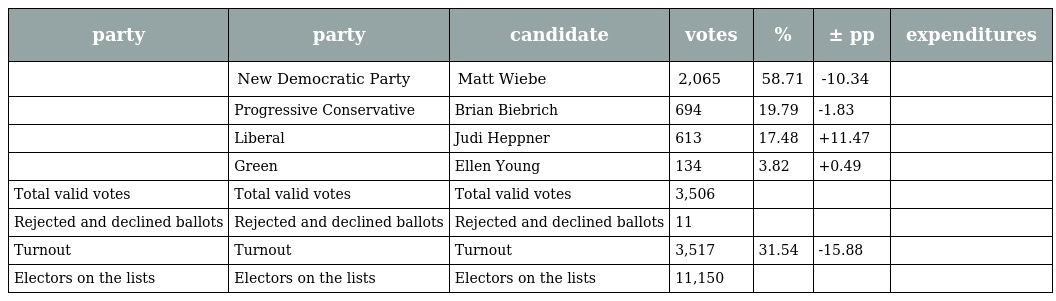
| party | party | candidate | votes | % | ± pp | expenditures |
 | --- | --- | --- | --- | --- | --- | --- |
 |  | New Democratic Party | Matt Wiebe | 2,065 | 58.71 | -10.34 |  |
 |  | Progressive Conservative | Brian Biebrich | 694 | 19.79 | -1.83 |  |
 |  | Liberal | Judi Heppner | 613 | 17.48 | +11.47 |  |
 |  | Green | Ellen Young | 134 | 3.82 | +0.49 |  |
 | Total valid votes | Total valid votes | Total valid votes | 3,506 |  |  |  |
 | Rejected and declined ballots | Rejected and declined ballots | Rejected and declined ballots | 11 |  |  |  |
 | Turnout | Turnout | Turnout | 3,517 | 31.54 | -15.88 |  |
 | Electors on the lists | Electors on the lists | Electors on the lists | 11,150 |  |  |  |